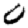
Digit: 0